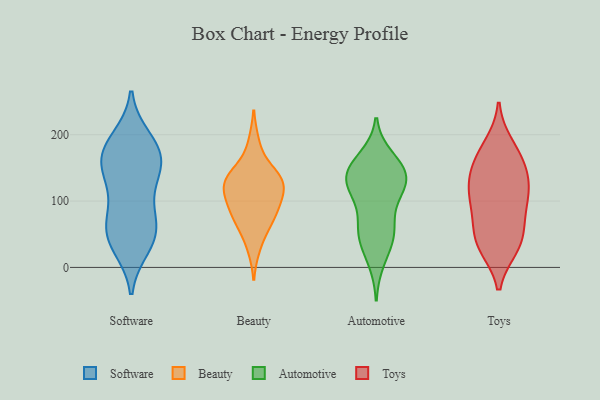
{"axis": {"x": "Demand Index", "y": "Value"}, "legend": ["Automotive", "Beauty", "Software", "Toys"], "data": [{"x": "", "y": 168, "type": "Software"}, {"x": "", "y": 194, "type": "Software"}, {"x": "", "y": 80, "type": "Software"}, {"x": "", "y": 183, "type": "Software"}, {"x": "", "y": 121, "type": "Software"}, {"x": "", "y": 149, "type": "Software"}, {"x": "", "y": 163, "type": "Software"}, {"x": "", "y": 49, "type": "Software"}, {"x": "", "y": 31, "type": "Software"}, {"x": "", "y": 184, "type": "Software"}, {"x": "", "y": 153, "type": "Software"}, {"x": "", "y": 56, "type": "Software"}, {"x": "", "y": 141, "type": "Software"}, {"x": "", "y": 84, "type": "Software"}, {"x": "", "y": 54, "type": "Software"}, {"x": "", "y": 36, "type": "Software"}, {"x": "", "y": 65, "type": "Beauty"}, {"x": "", "y": 96, "type": "Beauty"}, {"x": "", "y": 130, "type": "Beauty"}, {"x": "", "y": 78, "type": "Beauty"}, {"x": "", "y": 32, "type": "Beauty"}, {"x": "", "y": 99, "type": "Beauty"}, {"x": "", "y": 137, "type": "Beauty"}, {"x": "", "y": 186, "type": "Beauty"}, {"x": "", "y": 76, "type": "Beauty"}, {"x": "", "y": 129, "type": "Beauty"}, {"x": "", "y": 137, "type": "Beauty"}, {"x": "", "y": 130, "type": "Beauty"}, {"x": "", "y": 116, "type": "Beauty"}, {"x": "", "y": 129, "type": "Automotive"}, {"x": "", "y": 43, "type": "Automotive"}, {"x": "", "y": 11, "type": "Automotive"}, {"x": "", "y": 148, "type": "Automotive"}, {"x": "", "y": 110, "type": "Automotive"}, {"x": "", "y": 145, "type": "Automotive"}, {"x": "", "y": 59, "type": "Automotive"}, {"x": "", "y": 164, "type": "Automotive"}, {"x": "", "y": 116, "type": "Automotive"}, {"x": "", "y": 142, "type": "Automotive"}, {"x": "", "y": 145, "type": "Automotive"}, {"x": "", "y": 49, "type": "Automotive"}, {"x": "", "y": 60, "type": "Automotive"}, {"x": "", "y": 119, "type": "Automotive"}, {"x": "", "y": 145, "type": "Toys"}, {"x": "", "y": 44, "type": "Toys"}, {"x": "", "y": 67, "type": "Toys"}, {"x": "", "y": 34, "type": "Toys"}, {"x": "", "y": 99, "type": "Toys"}, {"x": "", "y": 130, "type": "Toys"}, {"x": "", "y": 104, "type": "Toys"}, {"x": "", "y": 31, "type": "Toys"}, {"x": "", "y": 184, "type": "Toys"}, {"x": "", "y": 133, "type": "Toys"}, {"x": "", "y": 36, "type": "Toys"}, {"x": "", "y": 168, "type": "Toys"}, {"x": "", "y": 117, "type": "Toys"}, {"x": "", "y": 167, "type": "Toys"}, {"x": "", "y": 86, "type": "Toys"}]}